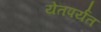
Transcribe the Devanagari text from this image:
येतपर्यंत